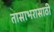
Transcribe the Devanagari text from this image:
तासाभरासाठी